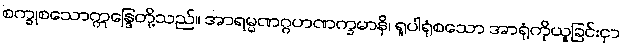
စက္ခုစသောဣန္ဒြေတို့သည်။ အာရမ္မဏဂ္ဂဟဏက္ခမာနိ၊ ရူပါရုံစသော အာရုံကိုယူခြင်းငှာ